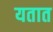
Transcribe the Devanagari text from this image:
यतात